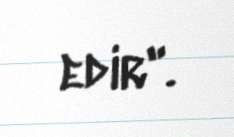
edir".